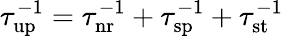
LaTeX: \tau_{\mathrm{up}}^{-1}=\tau_{\mathrm{nr}}^{-1}+\tau_{\mathrm{sp}}^{-1}+\tau_{\mathrm{st}}^{-1}